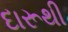
દારૂથી